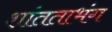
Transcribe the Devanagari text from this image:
शांतताभंग